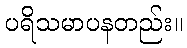
ပရိသမာပနတည်း။